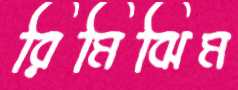
রিমিঝিম